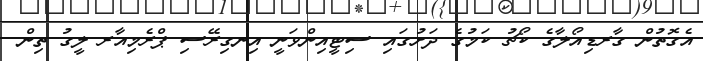
އެގޮތުން ގާރޑިއޯލާގެ ކޯޗު ކަމުގެ ދަށުގައި ސިޓީއިންވަނީ އިނގިރޭސި ޕްރެމިއާރ ލީގު ތިން